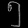
Digit: ၅